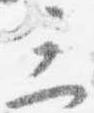
三